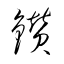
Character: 鑚